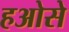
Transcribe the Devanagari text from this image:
हओसे